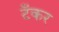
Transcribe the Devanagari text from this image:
टॅँकर